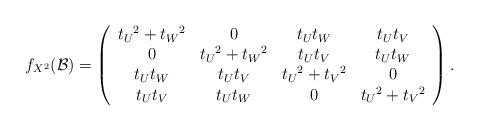
LaTeX: \begin{align*}f_{X^2}(\mathcal{B}) = \left(\begin{array}{cccc} {t_U}^2 + {t_W}^2 & 0 & t_U t_W & t_U t_V \\ 0 & {t_U}^2 + {t_W}^2 & t_U t_V & t_U t_W\\ t_U t_W & t_U t_V & {t_U}^2 + {t_V}^2 & 0\\ t_U t_V & t_U t_W & 0 & {t_U}^2 + {t_V}^2 \end{array}\right).\end{align*}